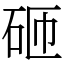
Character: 砸